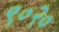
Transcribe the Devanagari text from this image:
९०२०